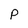
Character: P